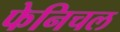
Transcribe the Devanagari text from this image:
फेनिचल